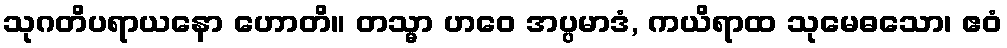
သုဂတိပရာယနော ဟောတိ။ တသ္မာ ဟဝေ အပ္ပမာဒံ, ကယိရာထ သုမေဓသော၊ ဧဝံ